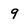
Character: 9